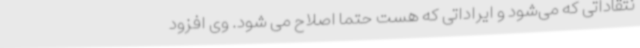
نتقاداتی که می‌شود و ایراداتی که هست حتماً اصلاح می‌ شود. وی افزود